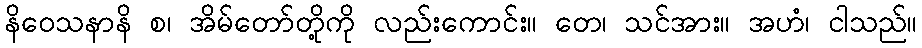
နိဝေသနာနိ စ၊ အိမ်တော်တို့ကို လည်းကောင်း။ တေ၊ သင်အား။ အဟံ၊ ငါသည်။